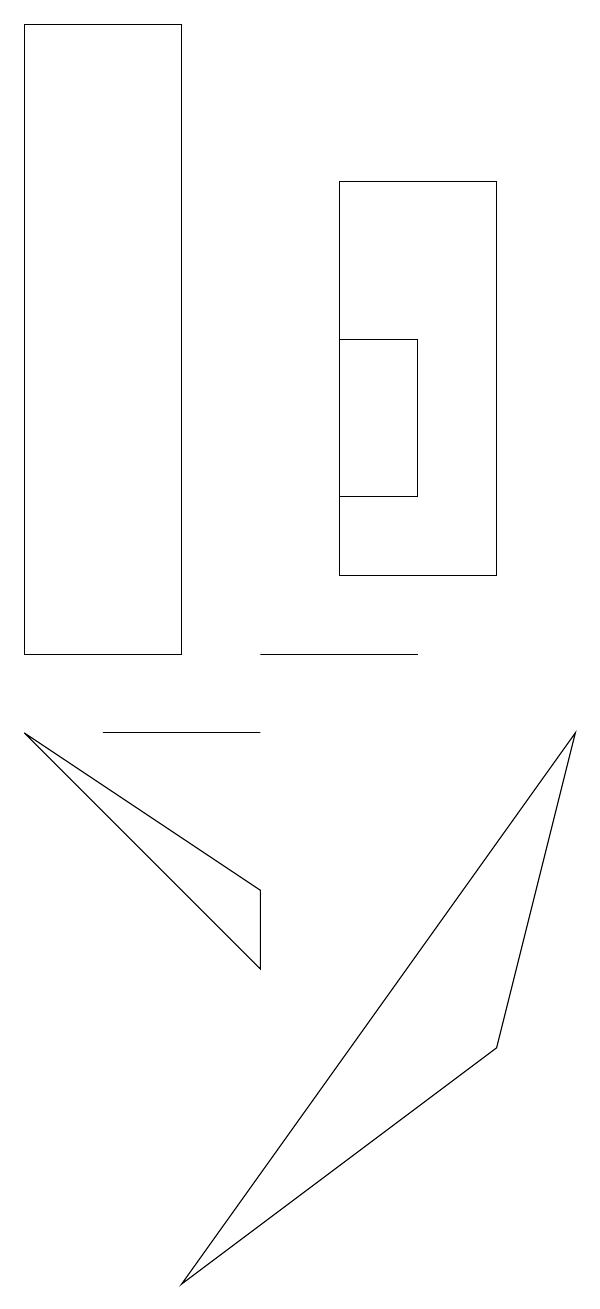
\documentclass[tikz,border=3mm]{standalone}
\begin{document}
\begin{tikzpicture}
\draw (0,18) rectangle (2,10);
\draw (3,7) -- (3,6) -- (0,9) -- cycle;
\draw (5,12) rectangle (4,14);
\draw (6,11) rectangle (4,16);
\draw (2,2) -- (6,5) -- (7,9) -- cycle;
\draw (2,9) -- (3,9) -- (1,9) -- cycle;
\draw (5,10) rectangle (3,10);
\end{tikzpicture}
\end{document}